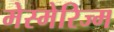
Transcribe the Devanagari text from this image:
मेस्मेरिज्म